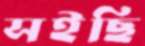
সইছি